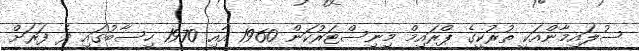
ސުލައިމާންއަކީ ތުރުކީގެ ޕްރައިމް މިނިސްޓަރުކަން 1960 އާއި 1970 ހިސާބުގައި ދެ ފަރަށް